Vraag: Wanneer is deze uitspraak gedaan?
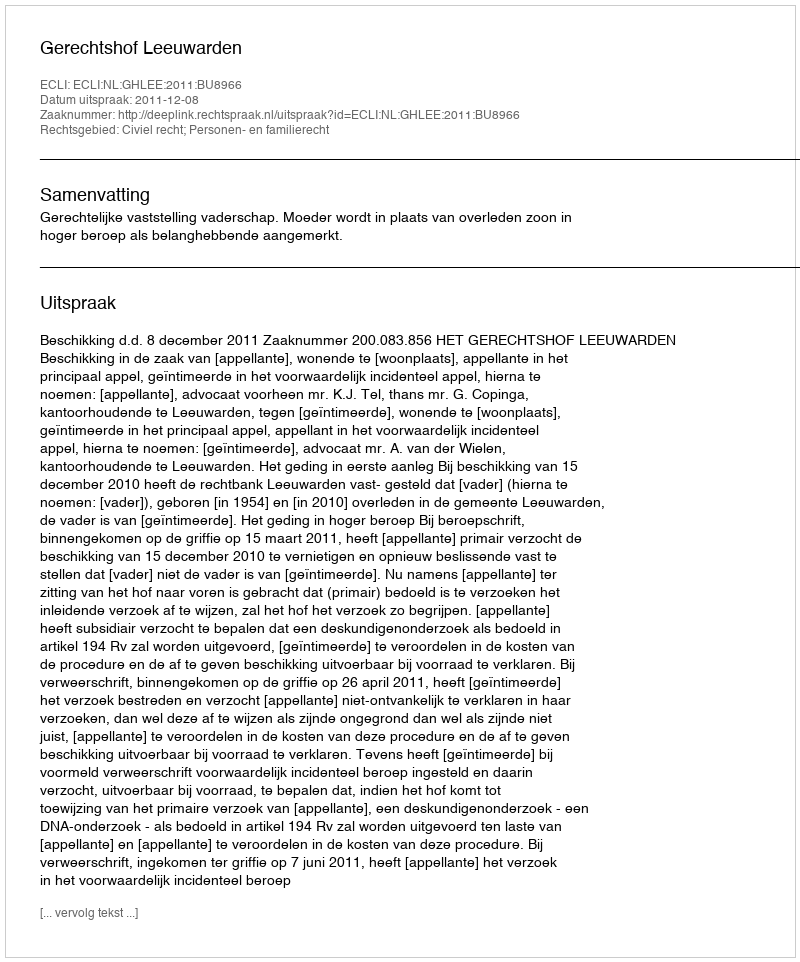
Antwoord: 2011-12-08